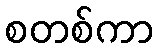
စတစ်ကာ